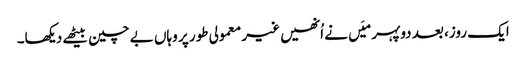
ایک روز، بعد دوپہر میَں نے اُنھیں غیر معمولی طور پر وہاں بے چین بیٹھے دیکھا۔